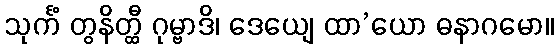
သုင်္ကံ တွနိတ္ထီ ဂုမ္ဗာဒိ၊ ဒေယျေ ထာ’ယော ဓနာဂမော။